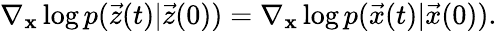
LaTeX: \nabla_{\mathbf{\boldsymbol{x}}}\log{p(\vec{z}(t)|\vec{z}(0))}=\nabla_{\mathbf{\boldsymbol{x}}}\log{p(\vec{x}(t)|\vec{x}(0))}.